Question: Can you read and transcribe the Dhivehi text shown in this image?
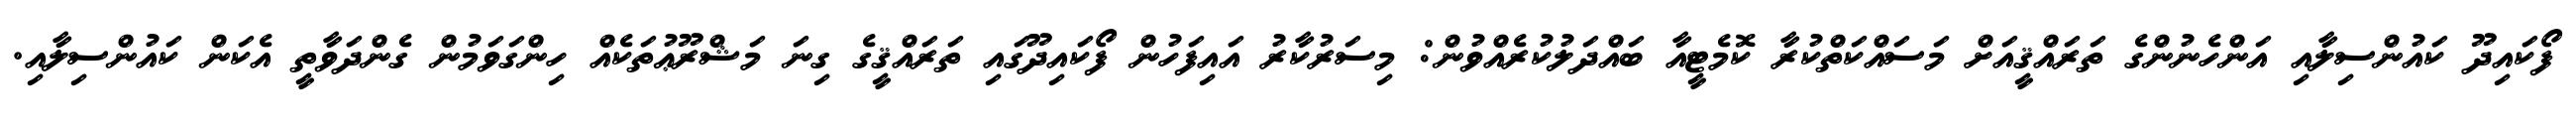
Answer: ފޯކައިދޫ ކައުންސިލާއި އަންހެނުންގެ ތަރައްޤީއަށް މަސައްކަތްކުރާ ކޮމެޓީއާ ބައްދަލުކުރެއްވުން: މިސަރުކާރު އައިފަހުން ފޯކައިދޫގައި ތަރައްޤީގެ ގިނަ މަޝްރޫޢުތަކެއް ހިންގަވަމުން ގެންދަވާތީ އެކަން ކައުންސިލާއި.